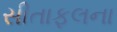
સીતાફલના